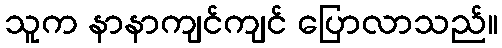
သူက နာနာကျင်ကျင် ပြောလာသည်။